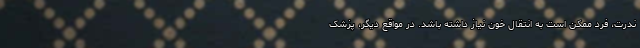
ندرت، فرد ممکن است به انتقال خون نیاز داشته باشد. در مواقع دیگر، پزشک